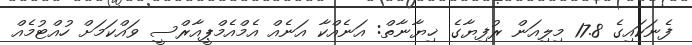
ފެނަކައިގެ 17.8 މިލިއަން ރުފިޔާގެ ޚިޔާނާތް: އަނެއްކާ އަނެއް އެމްއެމްޕީއާރްސީ ވައްކަމަށް ހުއްޓުމެއް